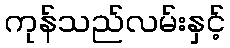
ကုန်သည်လမ်းနှင့်